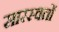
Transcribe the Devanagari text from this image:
सारस्वतों